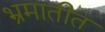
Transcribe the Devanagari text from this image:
भ्रमातीत